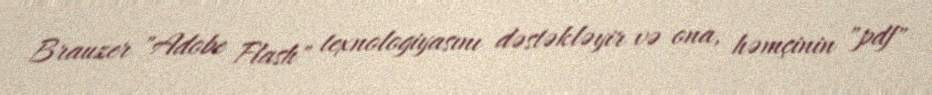
Brauzer "Adobe Flash" texnologiyasını dəstəkləyir və ona, həmçinin "pdf"